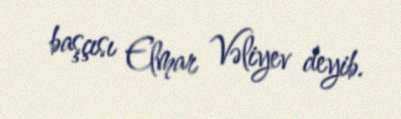
başçısı Elmar Vəliyev deyib.